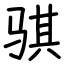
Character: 骐